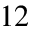
1 2